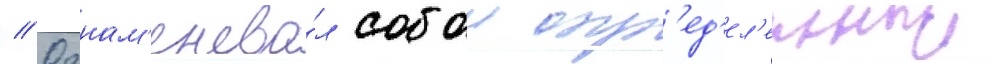
// Ознам'енова́л собои опр'ед'ел'енныи